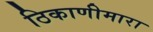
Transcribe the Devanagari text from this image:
ठिकाणीमारा